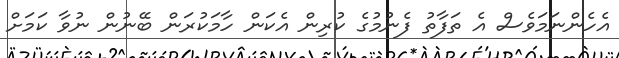
އެހެންނަމަވެސް އެ ތަފާތު ފެނުމުގެ ކުރިން އެކަން ހާމަކުރަން ބޭނުން ނުވާ ކަމަށް